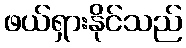
ဖယ်ရှားနိုင်သည်